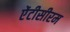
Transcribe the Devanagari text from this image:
ऐंटीसीरम